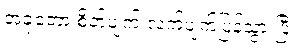
အခုတော့ စိတ်ပျက် လက်ပျက်ပြန်သွားပြီ။